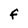
Character: f